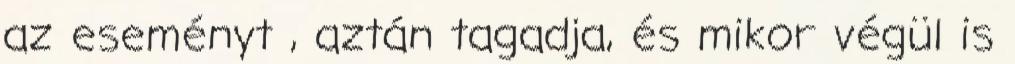
az eseményt , aztán tagadja, és mikor végül is